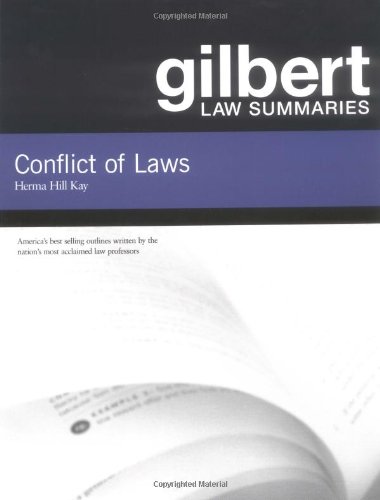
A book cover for Gilbert Law Summaries on Conflict of Laws; Herma Kay; Law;